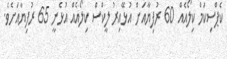
ކެޕްސިކަމް ކިލޯއެއް 60 ރުފިޔާއަށް އުޅޭއިރު ލީކްސް ކިލޯއެއް އުޅެނީ 65 ރުފިޔާއަށެވެ.